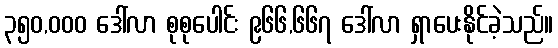
၃၅၀,၀၀၀ ဒေါ်လာ စုစုပေါင်း ၉၆၆,၆၆၇ ဒေါ်လာ ရှာပေးနိုင်ခဲ့သည်။